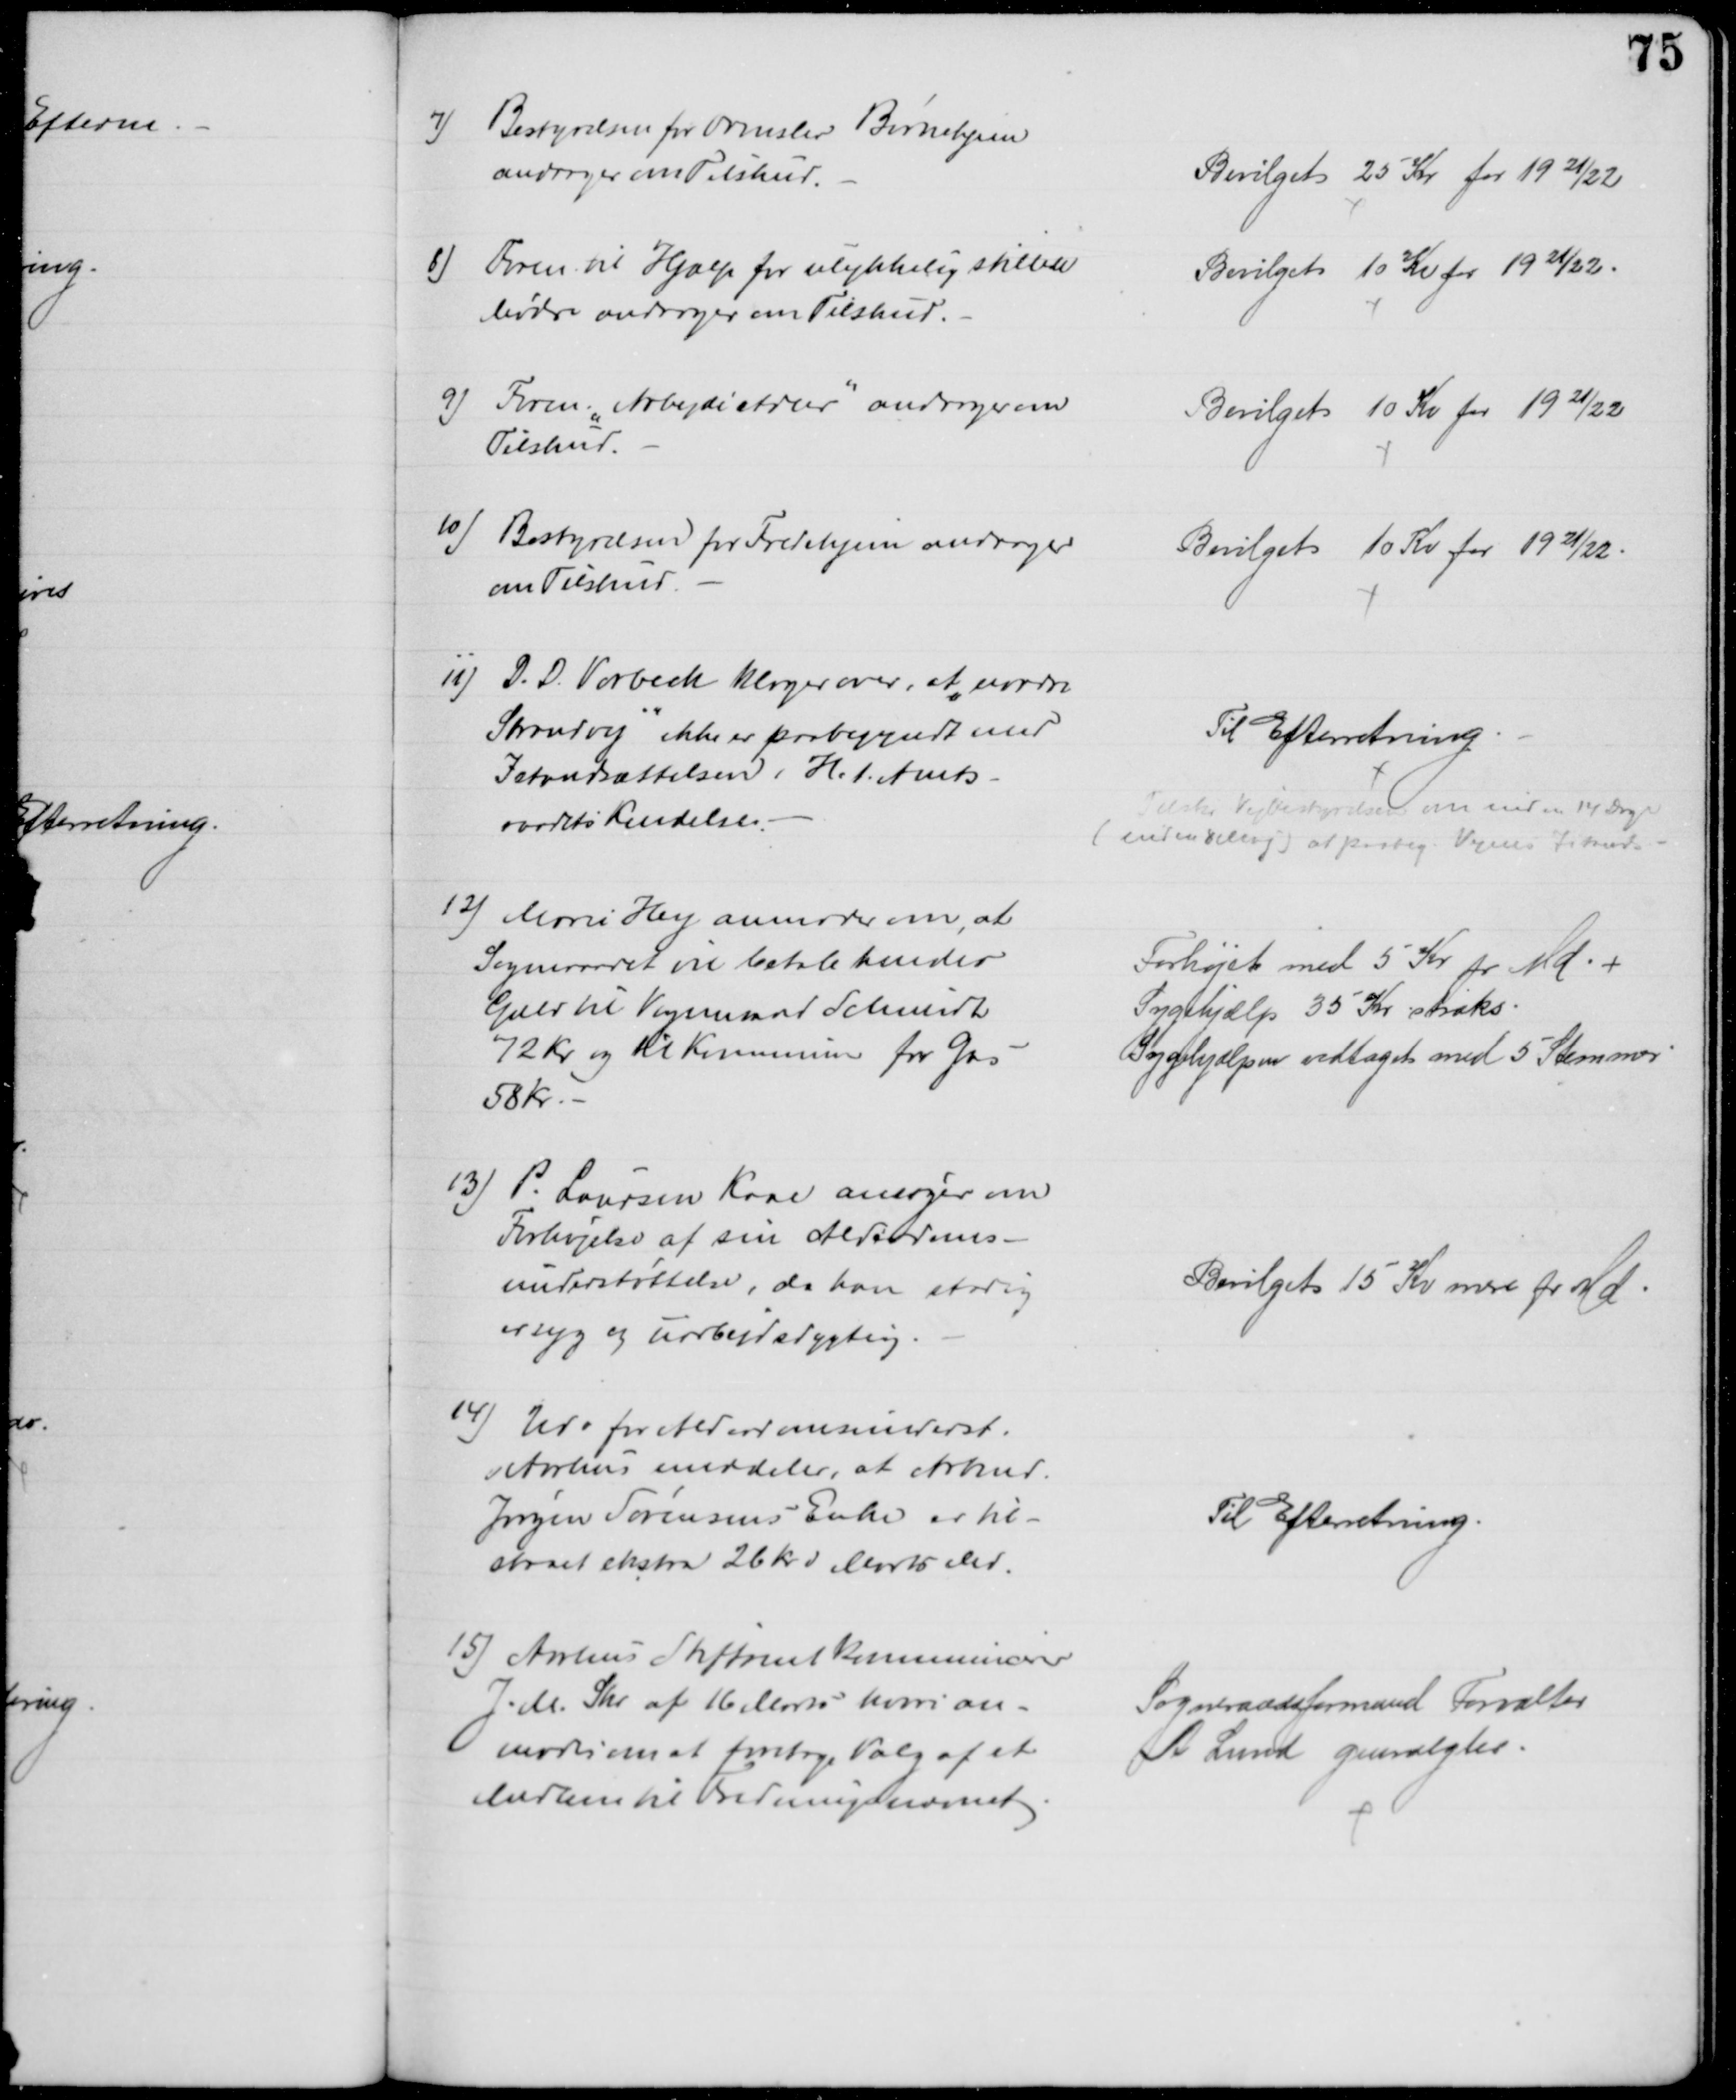
Transskription:
7)
Bestyrelsen for Ormslev Børnehjem
andrager om Tilskud.
Bevilget 25 Kr for 1921/22
8) Foren. til Hjælp for ulykkelig stillede
Mødre andrager om Tilskud.
Bevilget 10 Kr for 1921/22.
9) Foren. " Arbejde Adler" andrager om
Tilskud.
Bevilget 10 Kr for 1921/22
10) Bestyrelsen for Fredehjem andrager
om Tilskud.
Bevilget 10 Kr for 1921/22.
11) D. D. Vorbeck klager over, at "nordre
Strandvej" ikke er paabegyndt med
Istandsættelsen i H. t. Amts-
raadets Kendelse.
Til Efterretning
Tilskr Vejbestyrelsen om inden 14 Dage
(inden 8 Maj) at paabeg. Vejens Istans.
12) Marie Hey anmoder om, at
Sogneraadet vil betale hendes
Gæld til Vognmand Schmidt
72 Kr og til Kommunen for Gas
58 Kr
Forhøjet med 5 Kr pr Md. +
Sygehjælp 35 Kr straks
Sygehjælpen vedtaget med 5 Stemmer
13) P. Laursen Kaae ansøger om
Forhøjelse af sin Alderdoms-
understøttelse, da han stadig
er syg og uarbejdsdygtig
Bevilget 15 Kr mere pr Md
14) Udv for Alderdomsunderst.
i Aarhus meddeler, at Arbmd.
Jørgen Sørensens Enke er til-
staaet ekstra 26 Kr i Marts der.
Til Efterretning.
15) Aarhus Stiftamt kommunicerer
J. M. Skr. af 16 Marts hvori an-
modes om at foretage Valg af et
Medlem til Fredningsnævnet.
Sogneraadsformand Forvalter
A Lund genvalgtes.